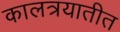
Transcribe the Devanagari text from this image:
कालत्रयातीत